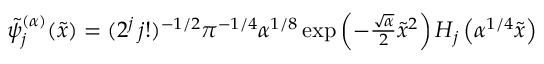
\begin{array} { r } { \tilde { \psi } _ { j } ^ { ( \alpha ) } ( \tilde { x } ) = ( 2 ^ { j } \, j ! ) ^ { - 1 / 2 } \pi ^ { - 1 / 4 } \alpha ^ { 1 / 8 } \exp \left( - \frac { \sqrt { \alpha } } { 2 } \tilde { x } ^ { 2 } \right) H _ { j } \left( \alpha ^ { 1 / 4 } \tilde { x } \right) } \end{array}